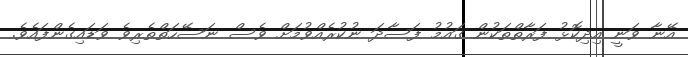
އޭނާ ވަނީ އިދިކޮޅު ފަރާތްތަކުން ގައުމު ފަސާދަ ނުކުރެއްވުމަށް ވެސް ނަސޭހަތްތެރިވެ ވަޑައިގެންފައެވެ.